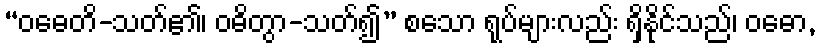
“ဝဓေတိ-သတ်၏၊ ဝဓိတွာ-သတ်၍” စသော ရုပ်များလည်း ရှိနိုင်သည်၊ ဝဓော,